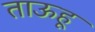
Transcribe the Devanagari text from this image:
ताऊहू